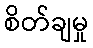
စိတ်ချမှု